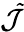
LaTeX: \cal\tilde{J}